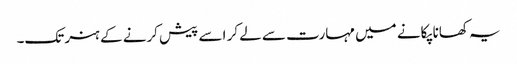
یہ کھانا پکانے میں مہارت سے لے کر اسے پیش کرنے کے ہنر تک۔